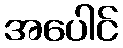
အပေါင်